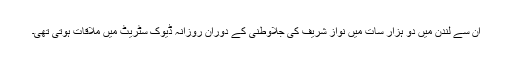
ان سے لندن میں دو ہزار سات میں نواز شریف کی جلاوطنی کے دوران روزانہ ڈیوک سٹریٹ میں ملاقات ہوتی تھی۔